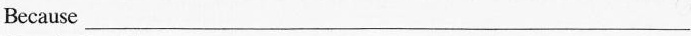
Because___